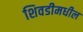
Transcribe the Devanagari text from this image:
शिवडीमधील